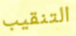
التنقيب